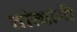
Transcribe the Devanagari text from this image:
तांत्यांनी